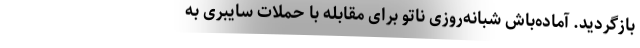
بازگردید. آماده‌باش شبانه‌روزی ناتو برای مقابله با حملات سایبری به